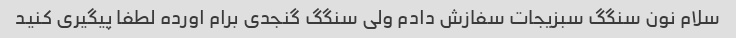
سلام نون سنگگ سبزیجات سفازش دادم ولی سنگگ گنجدی برام اورده لطفا پیگیری کنید